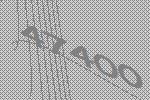
47400